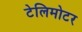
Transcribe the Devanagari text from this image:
टेलिमोटर